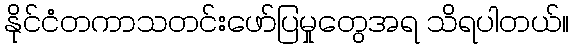
နိုင်ငံတကာသတင်းဖော်ပြမှုတွေအရ သိရပါတယ်။